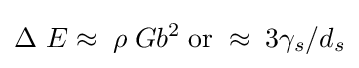
\Delta \ E\approx \;\rho \;Gb^{2}\;{\rm {or}}\;\approx \;3\gamma _{s}/d_{s}\,\!